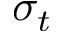
\sigma _ { t }